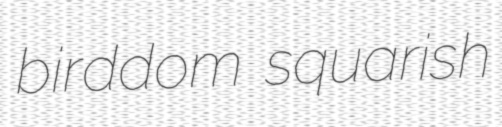
birddom squarish